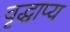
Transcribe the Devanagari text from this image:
वृद्धाप्य